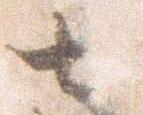
七